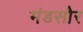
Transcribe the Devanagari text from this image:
मंडसौर